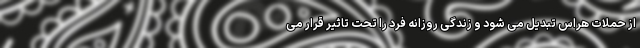
از حملات هراس تبدیل می شود و زندگی روزانه فرد را تحت تاثیر قرار می